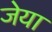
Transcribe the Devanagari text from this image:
जेया